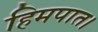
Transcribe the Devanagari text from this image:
हिमपात।